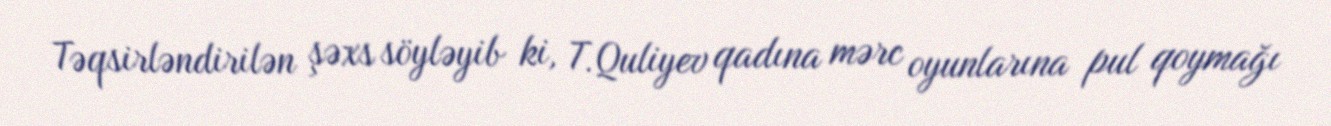
Təqsirləndirilən şəxs söyləyib ki, T.Quliyev qadına mərc oyunlarına pul qoymağı